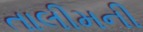
તાલીમની